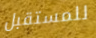
للمستقبل